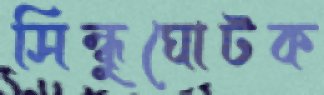
সিন্ধুঘোটক